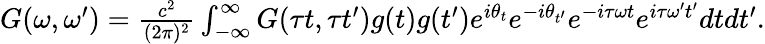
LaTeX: \begin{array}{r}{G(\omega,\omega^{\prime})=\frac{c^{2}}{(2\pi)^{2}}\int_{-\infty}^{\infty}G(\tau t,\tau t^{\prime})g(t)g(t^{\prime})e^{i\theta_{t}}e^{-i\theta_{t^{\prime}}}e^{-i\tau\omega t}e^{i\tau\omega^{\prime}t^{\prime}}dtdt^{\prime}.}\end{array}